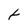
Character: t